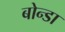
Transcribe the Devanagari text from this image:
बोन्डा